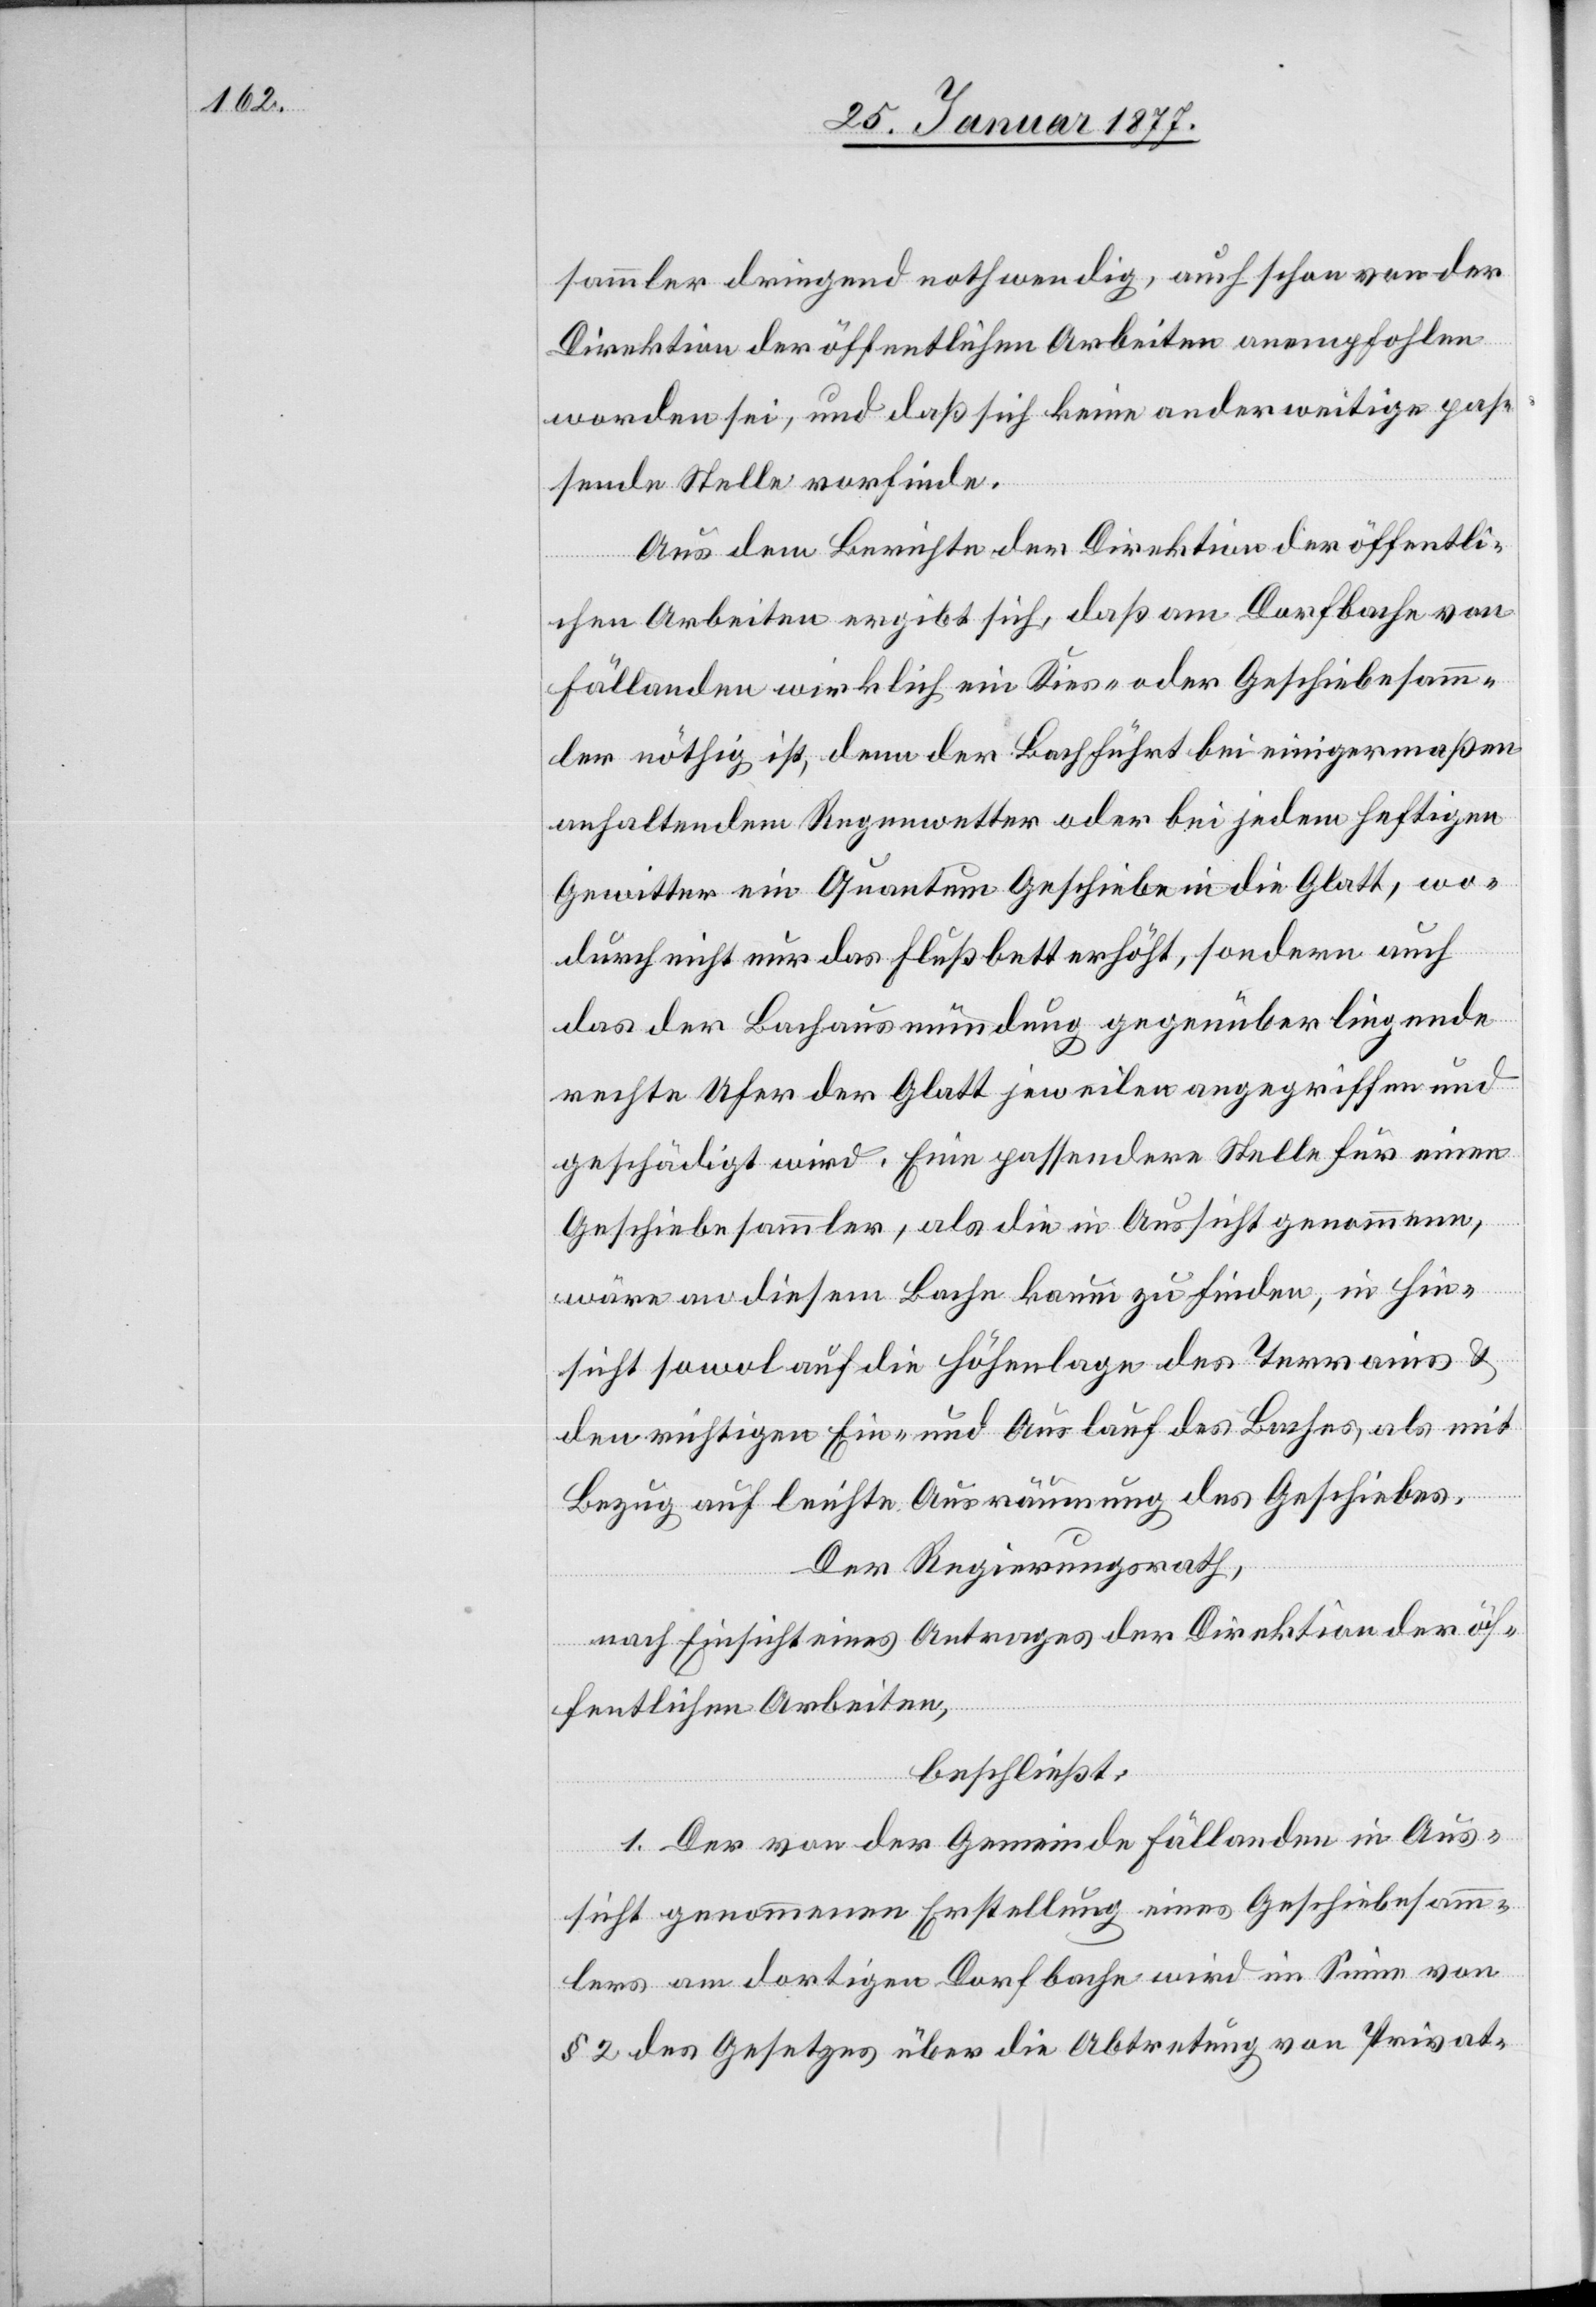
sammler dringend nothwendig, auch schon von der
Direktion der öffentlichen Arbeiten anempfohlen
worden sei, und daß sich keine anderweitige pas¬
sende Stelle finde.
Aus dem Berichte der Direktion der öffentli¬
chen Arbeiten ergibt sich, daß am Dorfbache von
Fällanden wirklich ein Kies- oder Geschiebesamm¬
ler nöthig ist, denn der Bach führt bei einigermaßen
anhaltendem Regenwetter oder jedem heftigen
Gewitter ein Quantum Geschiebe in die Glatt, wo¬
durch nicht nur das Flußbett erhöht, sondern auch
das der Bachausmündung gegenüber liegende
rechte Ufer der Glatt jeweilen angegriffen und
geschädigt wird. Eine passendere Stelle für einen
Geschiebesammler, als die in Aussicht genommene,
wäre an diesem Bache kaum zu finden, in Hin¬
sicht sowol auf die Höhenlage des Terrains &
den richtigen Ein- und Auslauf des Baches, als mit
Bezug auf leichte Ausräumung des Geschiebes.
Der Regierungsrath,
nach Einsicht eines Antrages der Direktion der öf¬
fentlichen Arbeiten,
beschließt:
1. Der von der Gemeinde Fällanden in Aus¬
sicht genommenen Erstellung eines Geschiebesamm¬
lers am dortigen Dorfbache wird im Sinne von
§ 2 des Gesetzes über die Abtretung von Privat-